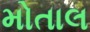
મોતાલ